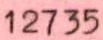
12735